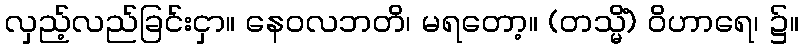
လှည့်လည်ခြင်းငှာ။ နေဝလဘတိ၊ မရတော့။ (တသ္မိံ) ဝိဟာရေ၊ ၌။